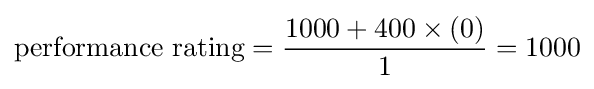
{\text{performance rating}}={\frac {1000+400\times (0)}{1}}=1000